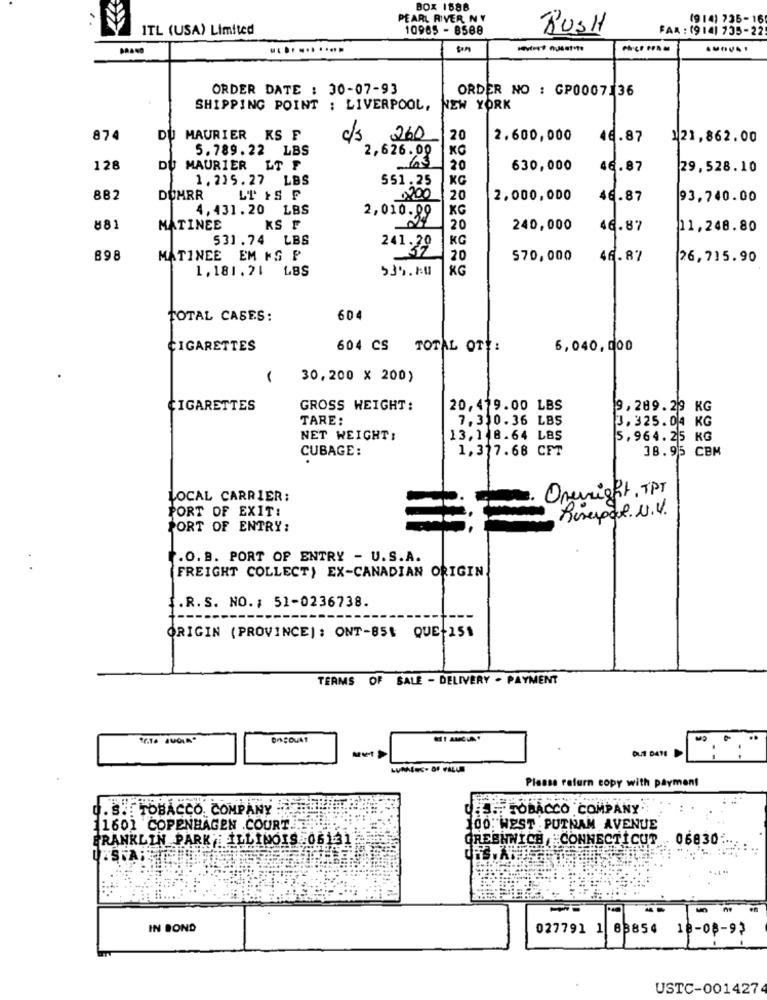
BOX 1888
PEARL RIVER NY
(914) 735-16
1TL (USA) Limited
10965 - 8588
RUSH
FAX : (9 14) 735-22
...........
ORDER DATE : 30-07-93
ORDER NO : GP0007136
SHIPPING POINT : LIVERPOOL, NEW YORK
874
DU MAURIER KS F
c/3 260
20
2.600,000
46.87
121,862.00
5.789.22 LBS
2,626.00
KG
128
DU
MAURIER LT F
63
20
630,000
46.87
29,528.10
1.215.27 LBS
KG
551.25
882
DOMRR
LI IS F
,200
20
2,000,000
46.87
93,740.00
4,431.20 LBS
KG
2,010.09
881
MATINEE
KS F
20
240,000
46.87
11,248.80
531.74 LBS
KG
241.29
898
MATINEE EM NG P
20
570,000
46.87
26,715.90
1,181.21
LBS
539.80
KG
TOTAL CASES:
604
CIGARETTES
604 CS TOTAL OTE:
6,040,000
30,200 X 200)
CIGARETTES
GROSS WEIGHT:
20,419.00 LBS
9,289.29 KG
TARE:
7.310.36 LBS
3.325.04 KG
NET WEIGHT:
13.1 8.64 LBS
5.964.25 KG
CUBAGE:
1,317.68 CFT
38.95 CBM
LOCAL CARRIER:
Onenight, TPT
PORT OF EXIT:
Rosepaul. U.V.
PORT OF ENTRY:
.O. B. PORT OF ENTRY - U.S.A.
(FREIGHT COLLECT) EX-CANADIAN ORIGIN
.R. S. NO. : 51-0236738.
ORIGIN (PROVINCE): ONT-85$ QUE-251
TERMS OF SALE - DELIVERY - PAYMENT
DUE DATE
Please return copy with payment
PULLTOBACCO. COMPANY
ES TOBACCO COMPANY
1601 COPENHAGEN COURT
100. WEST . PUTNAM AVENUE
FRANKLIN PARK ILLINOIS .06131
GREBHNICH ,CONNECTICUT
06830
un
IN BOND
027791 1 88854 18-08-92
USTC-0014274